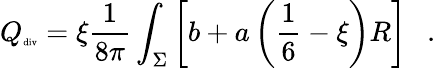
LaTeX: {Q}_{\tiny\mathrm{div}}=\xi{\frac{1}{8\pi}}\int_{\Sigma}\left[b+a\left(\frac 16-\xi\right)R\right]~~~.